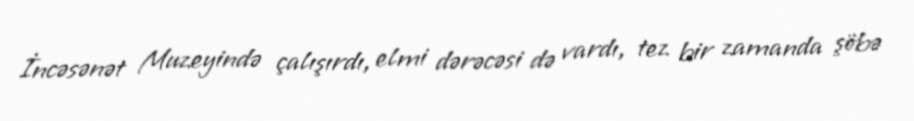
İncəsənət Muzeyində çalışırdı, elmi dərəcəsi də vardı, tez bir zamanda şöbə